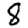
Digit: 8